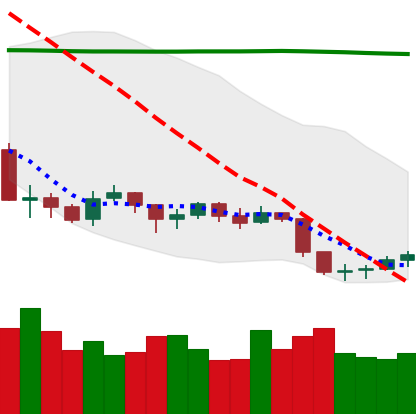
Ticker: LTC-USD
Chart end date: 2019-09-02
Forward return: 3.128%
Label: up_3_5